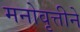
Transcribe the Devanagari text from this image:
मनोवृत्तीने